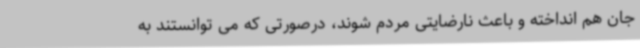
جان هم انداخته و باعث نارضایتی مردم شوند، درصورتی که می توانستند به